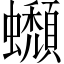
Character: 𧔾